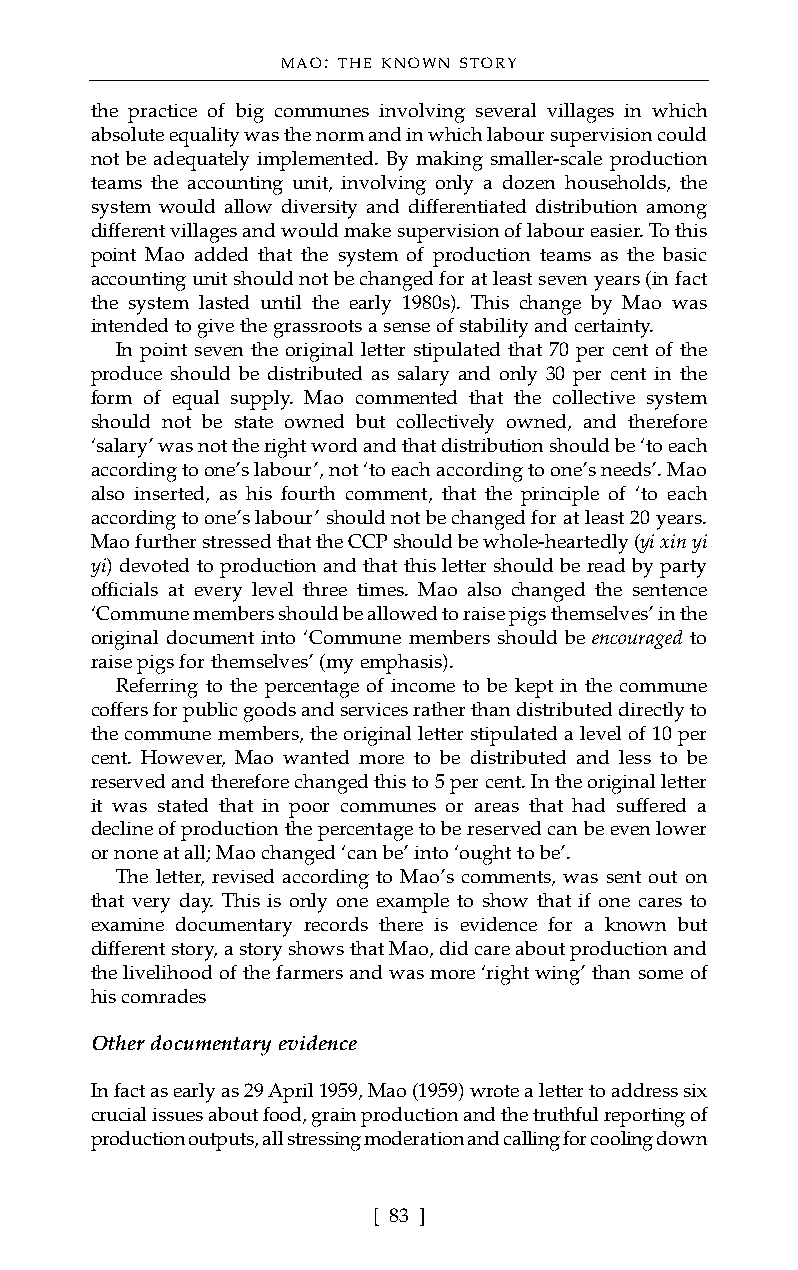
MAO: THE KNOWN STORY
 the practice of big communes involving several villages in which
 absolute equality was the norm and in which labour supervision could
 not be adequately implemented. By making smaller-scale production
 teams the accounting unit, involving only a dozen households, the
 system would allow diversity and differentiated distribution among
 different villages and would make supervision of labour easier. To this
 point Mao added that the system of production teams as the basic
 accounting unit should not be changed for at least seven years (in fact
 the system lasted until the early 1980s). This change by Mao was
 intended to give the grassroots a sense of stability and certainty.
 In point seven the original letter stipulated that 70 per cent of the
 produce should be distributed as salary and only 30 per cent in the
 form of equal supply. Mao commented that the collective system
 should not be state owned but collectively owned, and therefore
 ‘salary’ was not the right word and that distribution should be ‘to each
 according to one’s labour’, not ‘to each according to one’s needs’. Mao
 also inserted, as his fourth comment, that the principle of ‘to each
 according to one’s labour’ should not be changed for at least 20 years.
 Mao further stressed that the CCP should be whole-heartedly (yi xin yi
 yi) devoted to production and that this letter should be read by party
 officials at every level three times. Mao also changed the sentence
 ‘Commune members should be allowed to raise pigs themselves’ in the
 original document into ‘Commune members should be encouraged to
 raise pigs for themselves’ (my emphasis).
 Referring to the percentage of income to be kept in the commune
 coffers for public goods and services rather than distributed directly to
 the commune members, the original letter stipulated a level of 10 per
 cent. However, Mao wanted more to be distributed and less to be
 reserved and therefore changed this to 5 per cent. In the original letter
 it was stated that in poor communes or areas that had suffered a
 decline of production the percentage to be reserved can be even lower
 or none at all; Mao changed ‘can be’ into ‘ought to be’.
 The letter, revised according to Mao’s comments, was sent out on
 that very day. This is only one example to show that if one cares to
 examine documentary records there is evidence for a known but
 different story, a story shows that Mao, did care about production and
 the livelihood of the farmers and was more ‘right wing’ than some of
 his comrades
 Other documentary evidence
 In fact as early as 29 April 1959, Mao (1959) wrote a letter to address six
 crucial issues about food, grain production and the truthful reporting of
 production outputs, all stressing moderation and calling for cooling down
 [ 83 ]